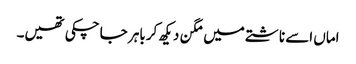
اماں اسے ناشتے میں مگن دیکھ کر باہر جا چکی تھیں۔